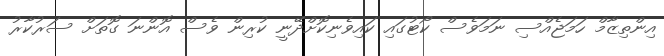
އިންތިޒާމް ހަމަޖެއްސި ނަމަވެސް ކޯޓުގައި ކައިވެނިކޮށްދޭނީ ކުރިން ވެސް އޮންނަ ގޮތަށް ސަރުކާރު